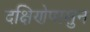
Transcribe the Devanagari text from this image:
दक्षिणेपासुन